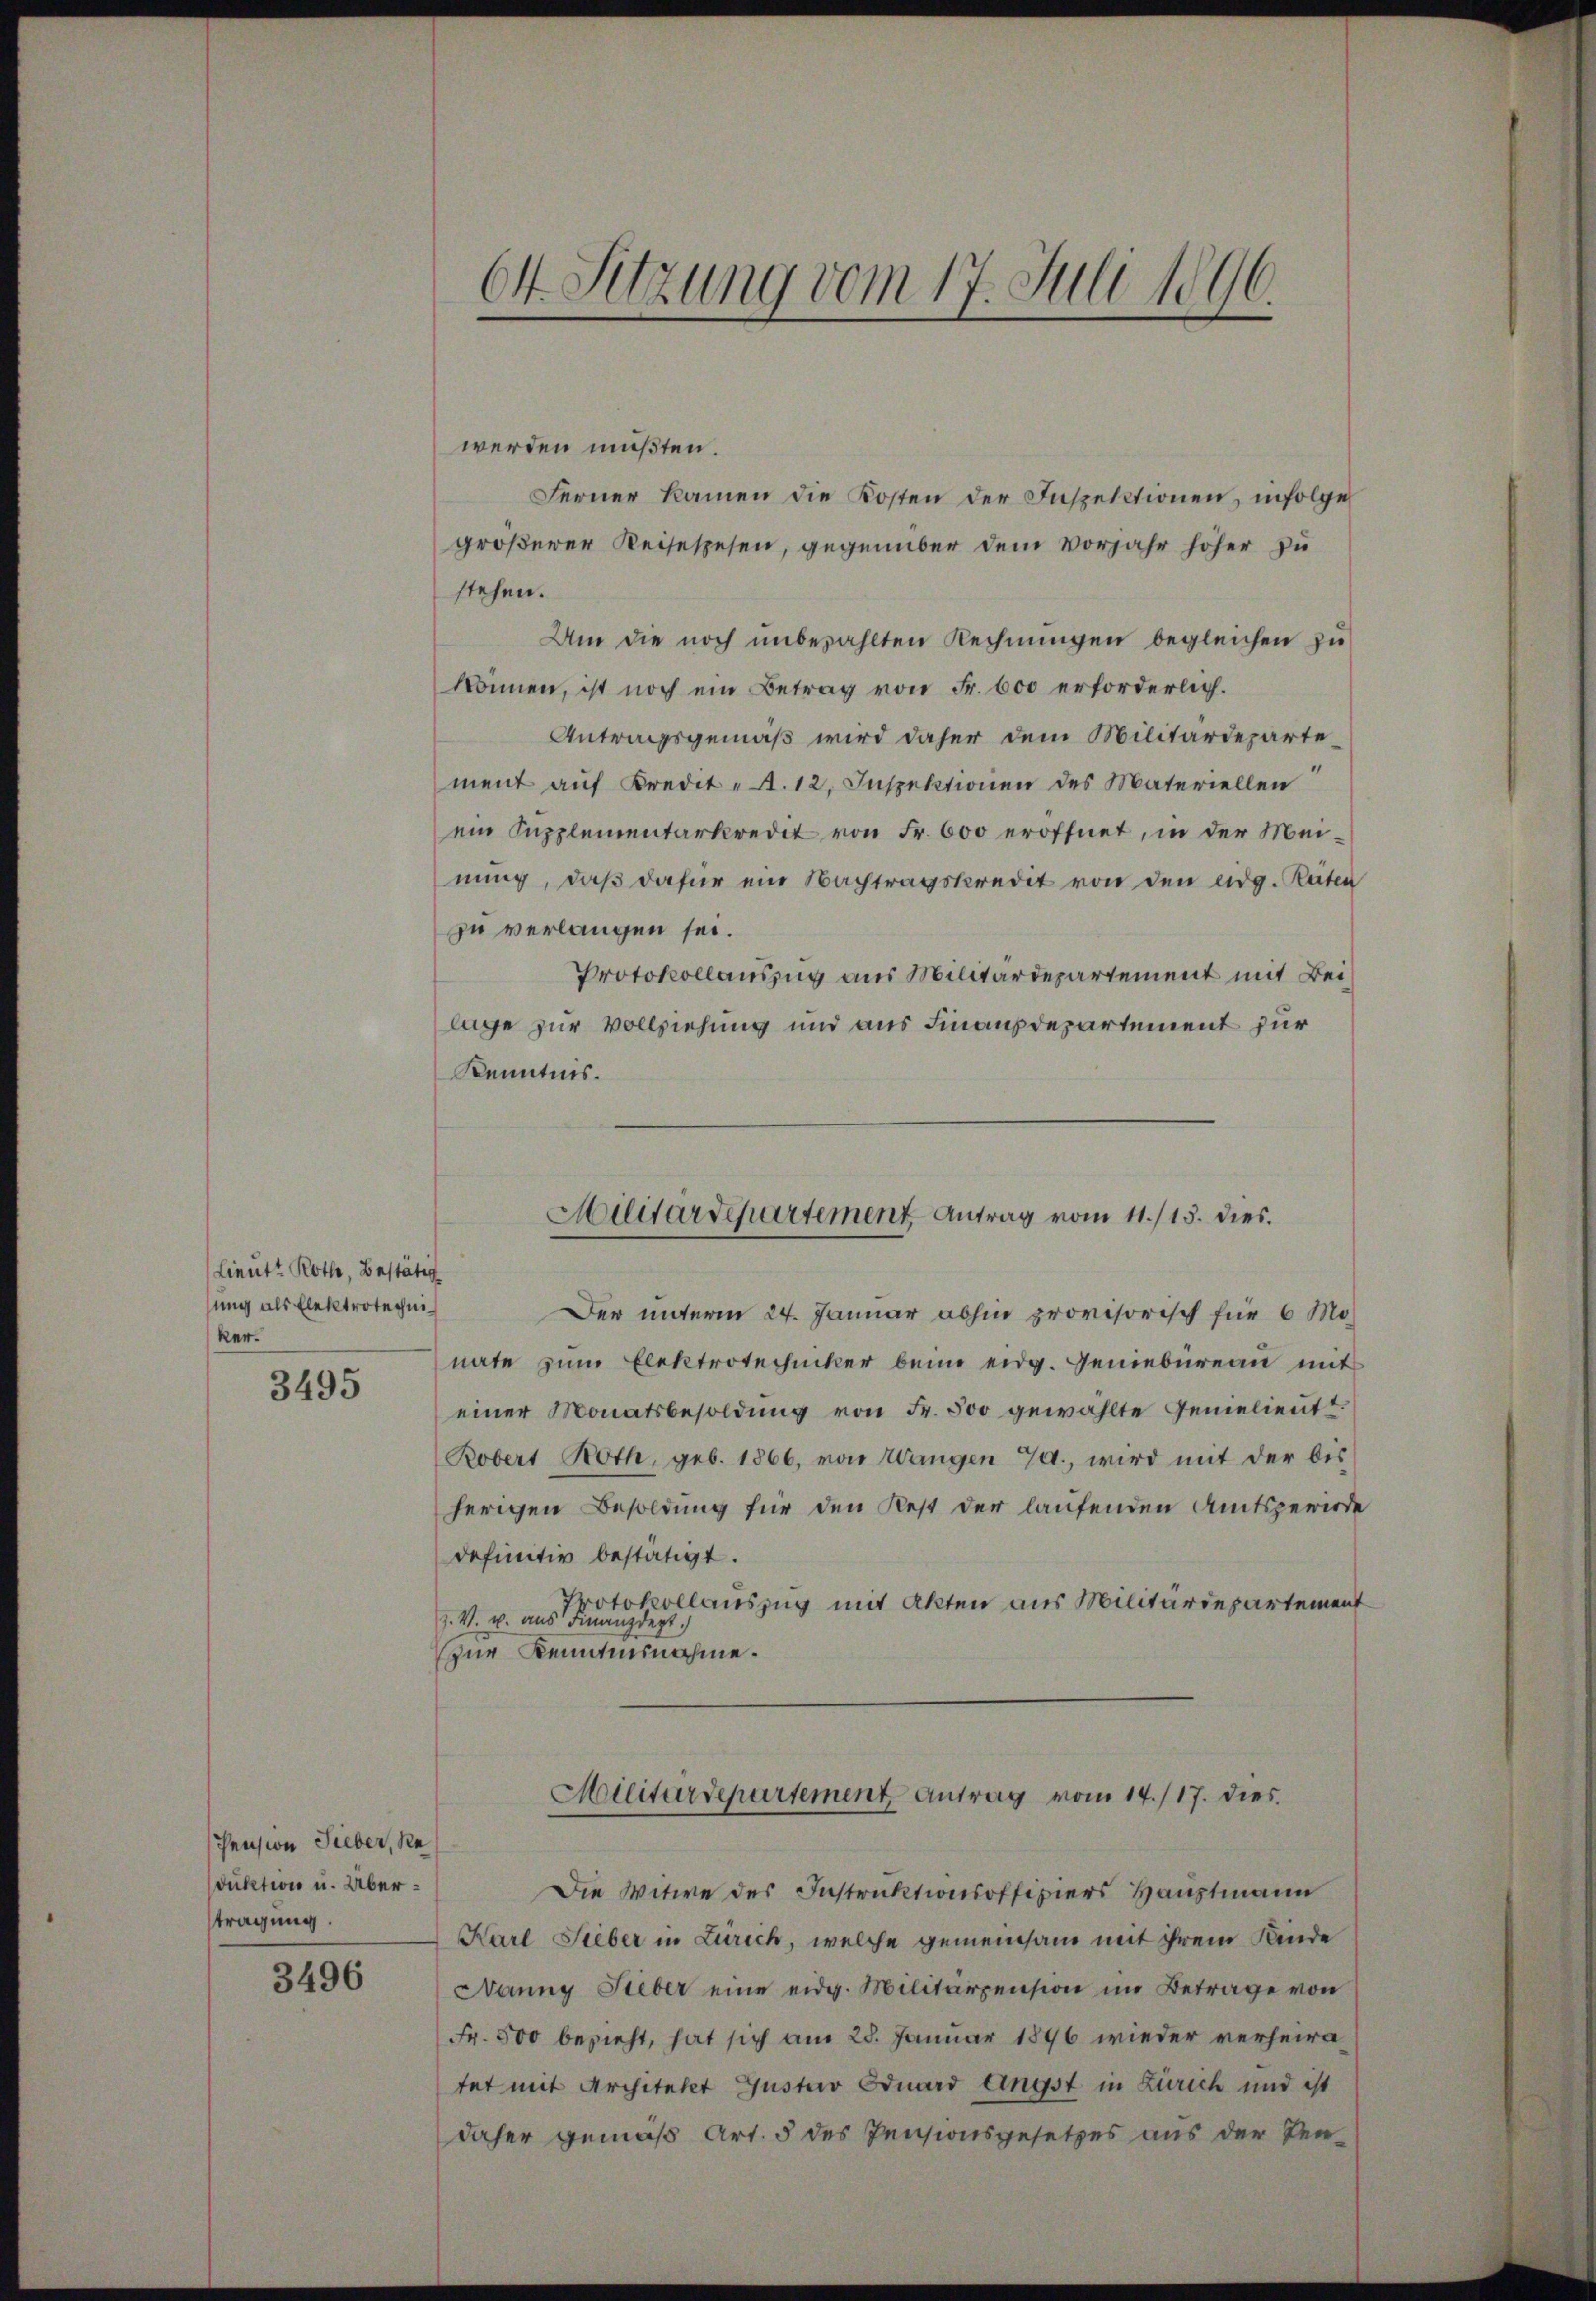
Lieutt Roth, Bestätig
ung als Elektrotechniker.

3495

Pension Sieber, Re
duktion u. Übertragung.

3496

werden müßten.
Ferner kamen die Kosten der Inspektionen, infolge
größerer Reisespesen, gegenüber dem Vorjahr höher zu
stehen.
Um die noch unbezahlten Rechnungen begleichen zu
können, ist noch ein Betrag von Fr. 600 erforderlich.
Antragsgemäß wird daher dem Militärdeparte
ment auf Kredit A. 12. Inspektionen des Materiellen
ein Supplementarkredit von Fr. 600 eröffnet, in der Meinung, daß dafür ein Nachtragskredit von den eidg. Räten
zu verlangen sei.
Protokollauszug aus Militärdepartement mit Beilage zur Vollziehung und aus Finanzdepartement für
Kenntnis.

64. Sitzung vom 17. Juli 1896.

Der unterm 24. Januar abhin provisorisch für 6 Monate zum Elektrotechicker beim eidg. Geniebüreau mit
einer Monatsbesoldŭng von Fr. 500 gewählte Gemeint
Robert Noth, geb. 1866, von Wangen 7., wird mit der bis
herigen Besoldung für den Rest der laufenden Amtsperiode
definitiv bestätigt.
Protokollauszug mit Akten aus Militärdepartement
z. V. u. aus Finanzdept.)
zur Kenntnisnahme.
Militärdepartement Antrag vom 14./17. dies
Die Witwe des Instruktionsoffiziers Hauptmann
Karl Lieber in Zürich, welche gemeinsam mit ihrem Kinde
Nanng Lieber eine eidg. Militärpension im Betrage von
Fr. 500 bezieht, hat sich am 28. Januar 1896 wieder verheiratat mit Architekt Gustav Eduard Angst in Zürich und ist
daher gemäß Art. 5 des Pensionsgesetzes aus der Ver¬

Militärdepartement Antrag vom 11./13. dies